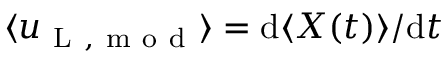
\langle u _ { \mathrm { ~ L ~ , ~ m ~ o ~ d ~ } } \rangle = \mathrm { d } \langle X ( t ) \rangle / \mathrm { d } t